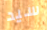
سيد